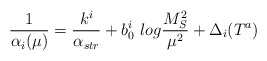
\begin{align*}\frac{1}{\alpha_i(\mu)}=\frac{k^i}{\alpha_{str}}+b_0^i~log\frac{M^2_{S}}{\mu^2}+\Delta_{i}(T^a)\end{align*}